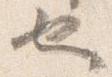
也